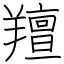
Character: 羶